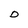
Character: D